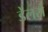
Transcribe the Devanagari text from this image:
डेलसे